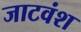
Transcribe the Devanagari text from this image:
जाटवंश